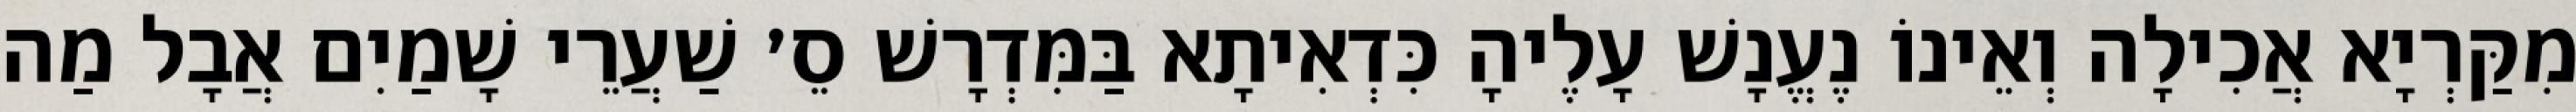
מִקַּרְיָא אֲכִילָה וְאֵינוֹ נֶעֱנָשׁ עָלֶיהָ כִּדְאִיתָא בַּמִּדְרָשׁ סֵ׳ שַׁעֲרֵי שָׁמַיִם אֲבָל מַה